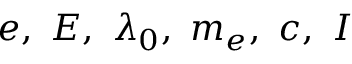
e , \ E , \ \lambda _ { 0 } , \ m _ { e } , \ c , \ I